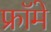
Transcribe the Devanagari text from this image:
फ्रॉमे